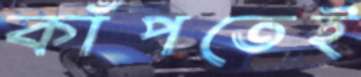
কাঁপতেই